画像に写った文字を読んでください
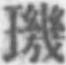
「璣」と書いてあります